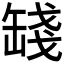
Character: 𦈻